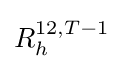
R_{h}^{12,T-1}